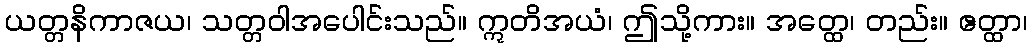
ယတ္တနိကာဇယ၊ သတ္တဝါအပေါင်းသည်။ ဣတိအယံ၊ ဤသို့ကား။ အတ္ထေ၊ တည်း။ ဧတ္ထာ၊